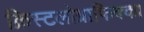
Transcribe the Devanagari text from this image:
क्रिस्टलोग्राफिक्का